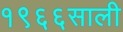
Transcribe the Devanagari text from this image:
१९६६साली